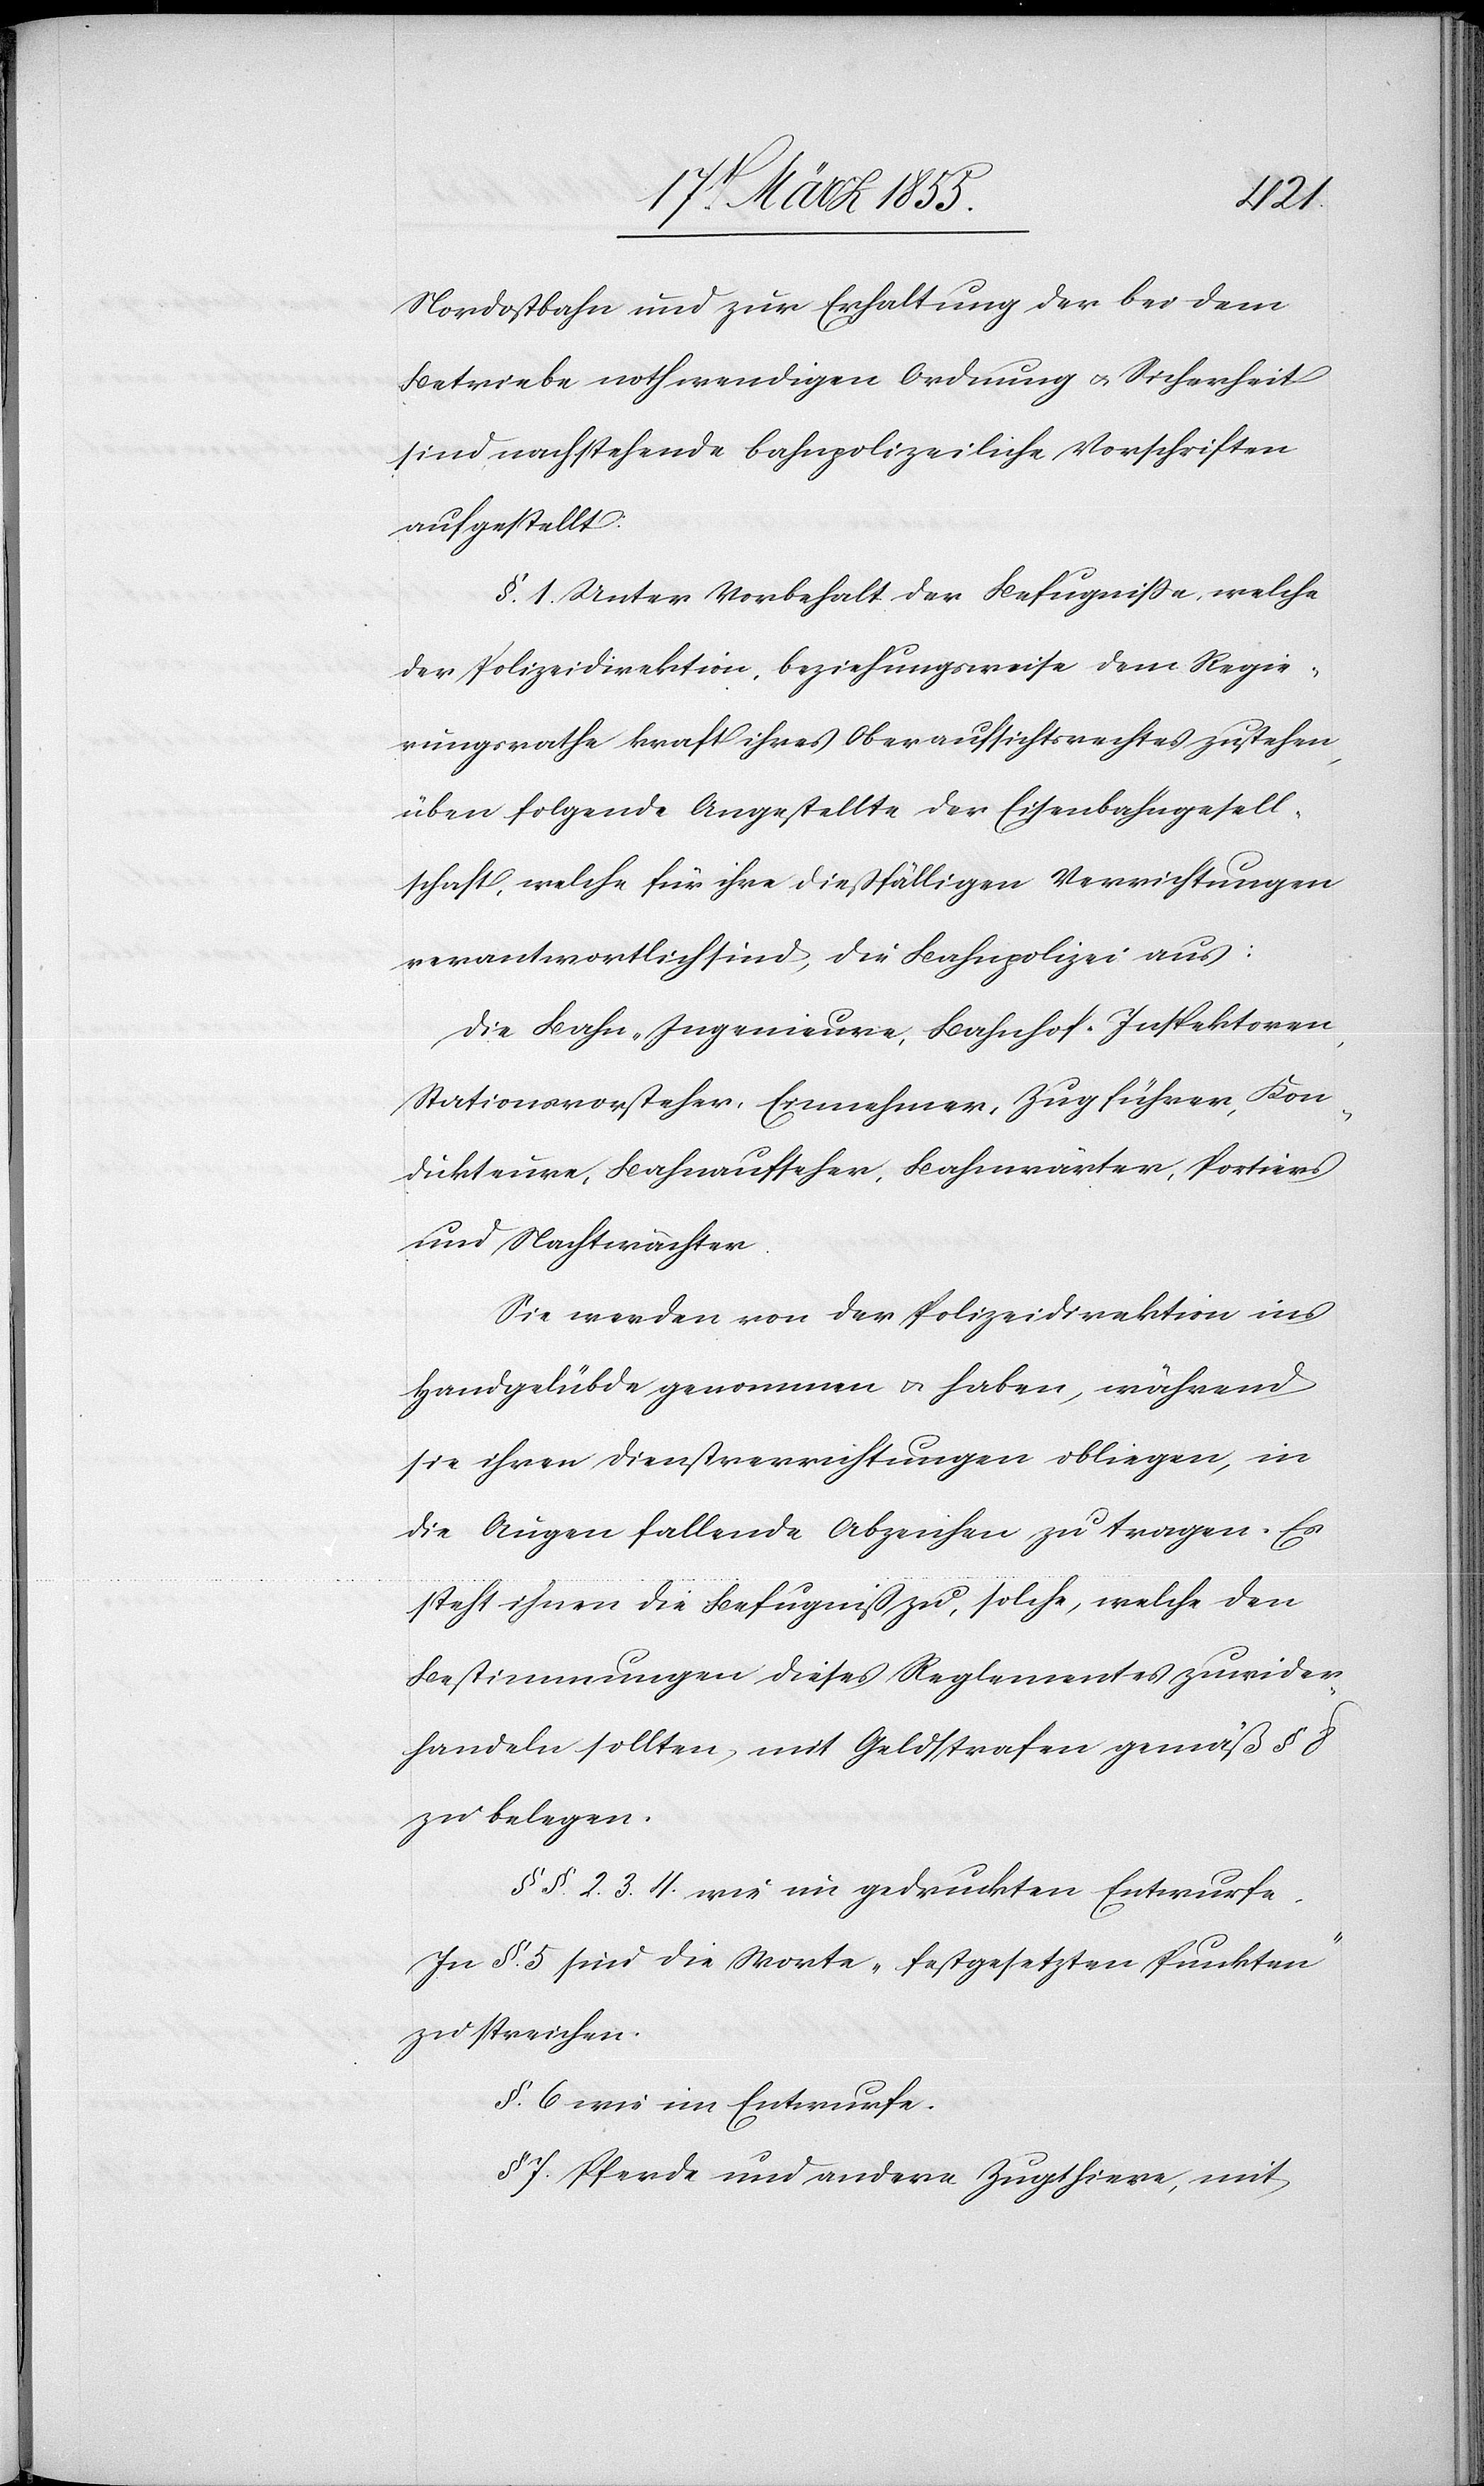
Nordostbahn und zur Erhaltung der bei dem
Betriebe nothwendigen Ordnung & Sicherheit
sind nachstehende bahnpolizeiliche Vorschriften
aufgestellt:
§. 1. Unter Vorbehalt der Befugnisse, welche
der Polizeidirektion, beziehungsweise dem Regie¬
rungsrathe kraft ihres Oberaufsichtsrechtes zustehen,
üben folgende Angestellte der Eisenbahngesell¬
schaft, welche für ihre dießfälligen Verrichtungen
verantwortlich sind, die Bahnpolizei aus:
Die Bahn-Ingenieure, Bahnhof-Inspektoren,
Stationsvorsteher, Einnehmer, Zugführer, Kon¬
dukteure, Bahnaufseher, Bahnwärter, Portiers
und Nachtwächter.
Sie werden von der Polizeidirektion ins
Handgelübde genommen & haben, während
sie ihren Dienstverrichtungen obliegen, in
die Augen fallende Abzeichen zu tragen. Es
steht ihnen die Befugniß zu, solche, welche den
Bestimmungen dieses Reglementes zuwider¬
handeln sollten, mit Geldstrafen gemäß § 8
zu belegen.
§§. 2. 3. 4. wie im gedruckten Entwurfe.
In §. 5 sind die Worte „festgesetzten Punkten“
zu streichen.
§. 6 wie im Entwurfe.
§ 7. Pferde und andere Zugthiere, mit